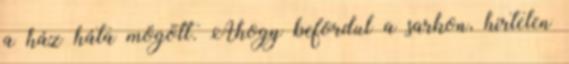
a ház háta mögött. Ahogy befordul a sarkon, hirtelen